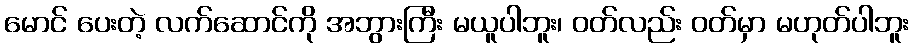
မောင် ပေးတဲ့ လက်ဆောင်ကို အဘွားကြီး မယူပါဘူး၊ ဝတ်လည်း ဝတ်မှာ မဟုတ်ပါဘူး